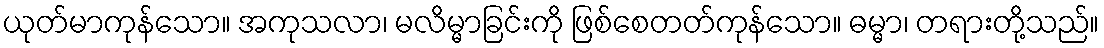
ယုတ်မာကုန်သော။ အကုသလာ၊ မလိမ္မာခြင်းကို ဖြစ်စေတတ်ကုန်သော။ ဓမ္မာ၊ တရားတို့သည်။